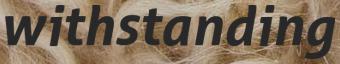
withstanding